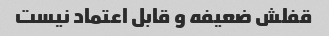
قفلش ضعیفه و قابل اعتماد نیست